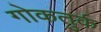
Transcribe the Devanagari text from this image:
गोकतुर्क